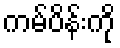
ကမ်ပိန်းကို